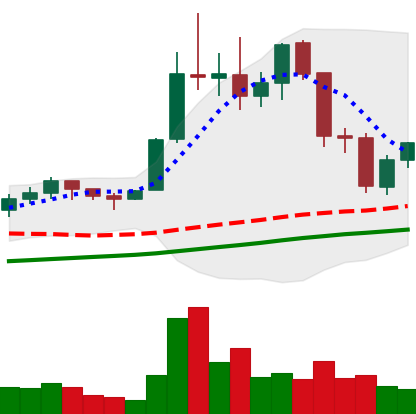
Ticker: LTC-USD
Chart end date: 2021-11-20
Forward return: -5.04%
Label: down_5_7